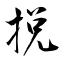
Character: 捝